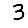
Digit: 3